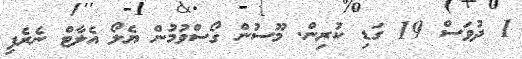
1 ދުވަސް 19 ގަޑި ކުރިން. މޫސުން ގޯސްވުމުން ޔެލޯ އެލާޓް ނެރެފި